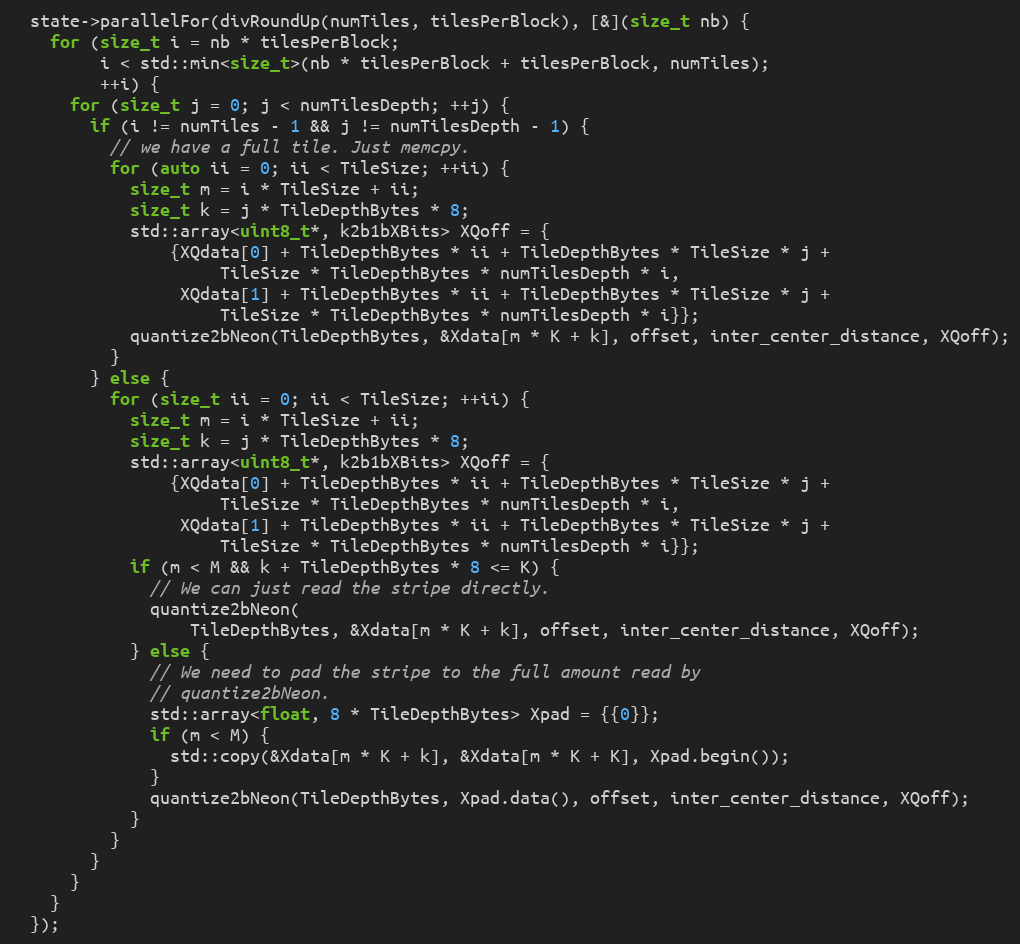
Language: C++
  state->parallelFor(divRoundUp(numTiles, tilesPerBlock), [&](size_t nb) {
    for (size_t i = nb * tilesPerBlock;
         i < std::min<size_t>(nb * tilesPerBlock + tilesPerBlock, numTiles);
         ++i) {
      for (size_t j = 0; j < numTilesDepth; ++j) {
        if (i != numTiles - 1 && j != numTilesDepth - 1) {
          // we have a full tile. Just memcpy.
          for (auto ii = 0; ii < TileSize; ++ii) {
            size_t m = i * TileSize + ii;
            size_t k = j * TileDepthBytes * 8;
            std::array<uint8_t*, k2b1bXBits> XQoff = {
                {XQdata[0] + TileDepthBytes * ii + TileDepthBytes * TileSize * j +
                     TileSize * TileDepthBytes * numTilesDepth * i,
                 XQdata[1] + TileDepthBytes * ii + TileDepthBytes * TileSize * j +
                     TileSize * TileDepthBytes * numTilesDepth * i}};
            quantize2bNeon(TileDepthBytes, &Xdata[m * K + k], offset, inter_center_distance, XQoff);
          }
        } else {
          for (size_t ii = 0; ii < TileSize; ++ii) {
            size_t m = i * TileSize + ii;
            size_t k = j * TileDepthBytes * 8;
            std::array<uint8_t*, k2b1bXBits> XQoff = {
                {XQdata[0] + TileDepthBytes * ii + TileDepthBytes * TileSize * j +
                     TileSize * TileDepthBytes * numTilesDepth * i,
                 XQdata[1] + TileDepthBytes * ii + TileDepthBytes * TileSize * j +
                     TileSize * TileDepthBytes * numTilesDepth * i}};
            if (m < M && k + TileDepthBytes * 8 <= K) {
              // We can just read the stripe directly.
              quantize2bNeon(
                  TileDepthBytes, &Xdata[m * K + k], offset, inter_center_distance, XQoff);
            } else {
              // We need to pad the stripe to the full amount read by
              // quantize2bNeon.
              std::array<float, 8 * TileDepthBytes> Xpad = {{0}};
              if (m < M) {
                std::copy(&Xdata[m * K + k], &Xdata[m * K + K], Xpad.begin());
              }
              quantize2bNeon(TileDepthBytes, Xpad.data(), offset, inter_center_distance, XQoff);
            }
          }
        }
      }
    }
  });